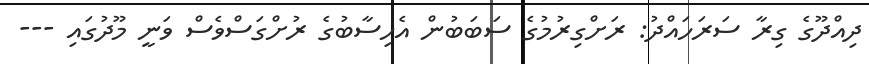
ދިއްދޫގެ ގިރާ ސަރަހައްދު: ރަށްގިރުމުގެ ސަބަބުން އެހިސާބުގެ ރުށްގަސްވެސް ވަނީ މޫދުގައި ---